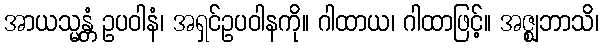
အာယသ္မန္တံ ဥပဝါနံ၊ အရှင်ဥပဝါနကို။ ဂါထာယ၊ ဂါထာဖြင့်။ အဇ္ဈဘာသိ၊